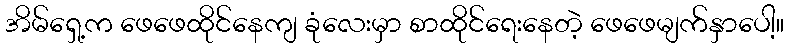
အိမ်ရှေ့က ဖေဖေထိုင်နေကျ ခုံလေးမှာ စာထိုင်ရေးနေတဲ့ ဖေဖေမျက်နှာပေါ့။